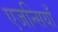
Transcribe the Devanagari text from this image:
एजन्सियाँ